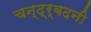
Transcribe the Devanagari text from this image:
चन्द्र्बदनी